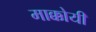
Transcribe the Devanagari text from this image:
माक्कोयी